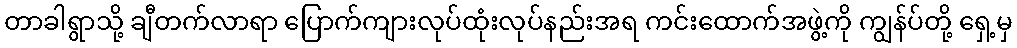
တာခါရွာသို့ ချီတက်လာရာ ပြောက်ကျားလုပ်ထုံးလုပ်နည်းအရ ကင်းထောက်အဖွဲ့ကို ကျွန်ပ်တို့ ရှေ့မှ